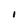
Character: I